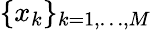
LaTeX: \{ x_{k}\} _{k=1,\ldots,M}